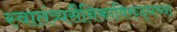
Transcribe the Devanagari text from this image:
स्वातंत्र्यसैनिकांविरुद्धच्या